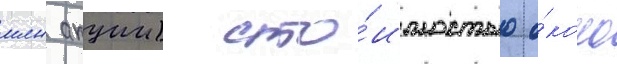
млн акции) сто́имостью о́коло